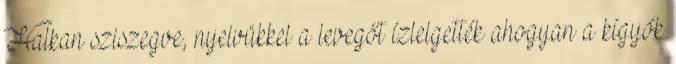
Halkan sziszegve, nyelvükkel a levegőt ízlelgették ahogyan a kígyók